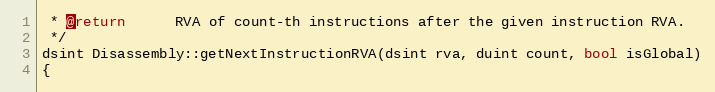
Language: C++
 * @return      RVA of count-th instructions after the given instruction RVA.
 */
dsint Disassembly::getNextInstructionRVA(dsint rva, duint count, bool isGlobal)
{